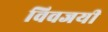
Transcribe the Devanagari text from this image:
विवजयी